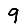
Digit: 9